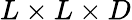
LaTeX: L\times L\times D